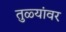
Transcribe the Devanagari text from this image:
तुळ्यांवर